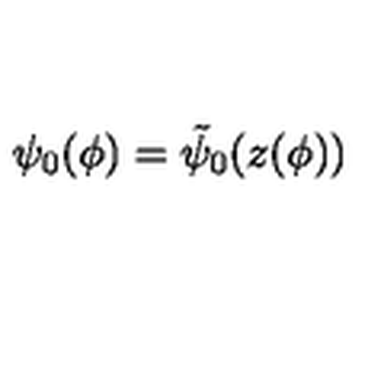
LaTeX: \psi _ { 0 } ( \phi ) = \tilde { \psi } _ { 0 } ( z ( \phi ) )